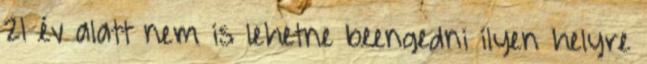
21 év alatt nem is lehetne beengedni ilyen helyre